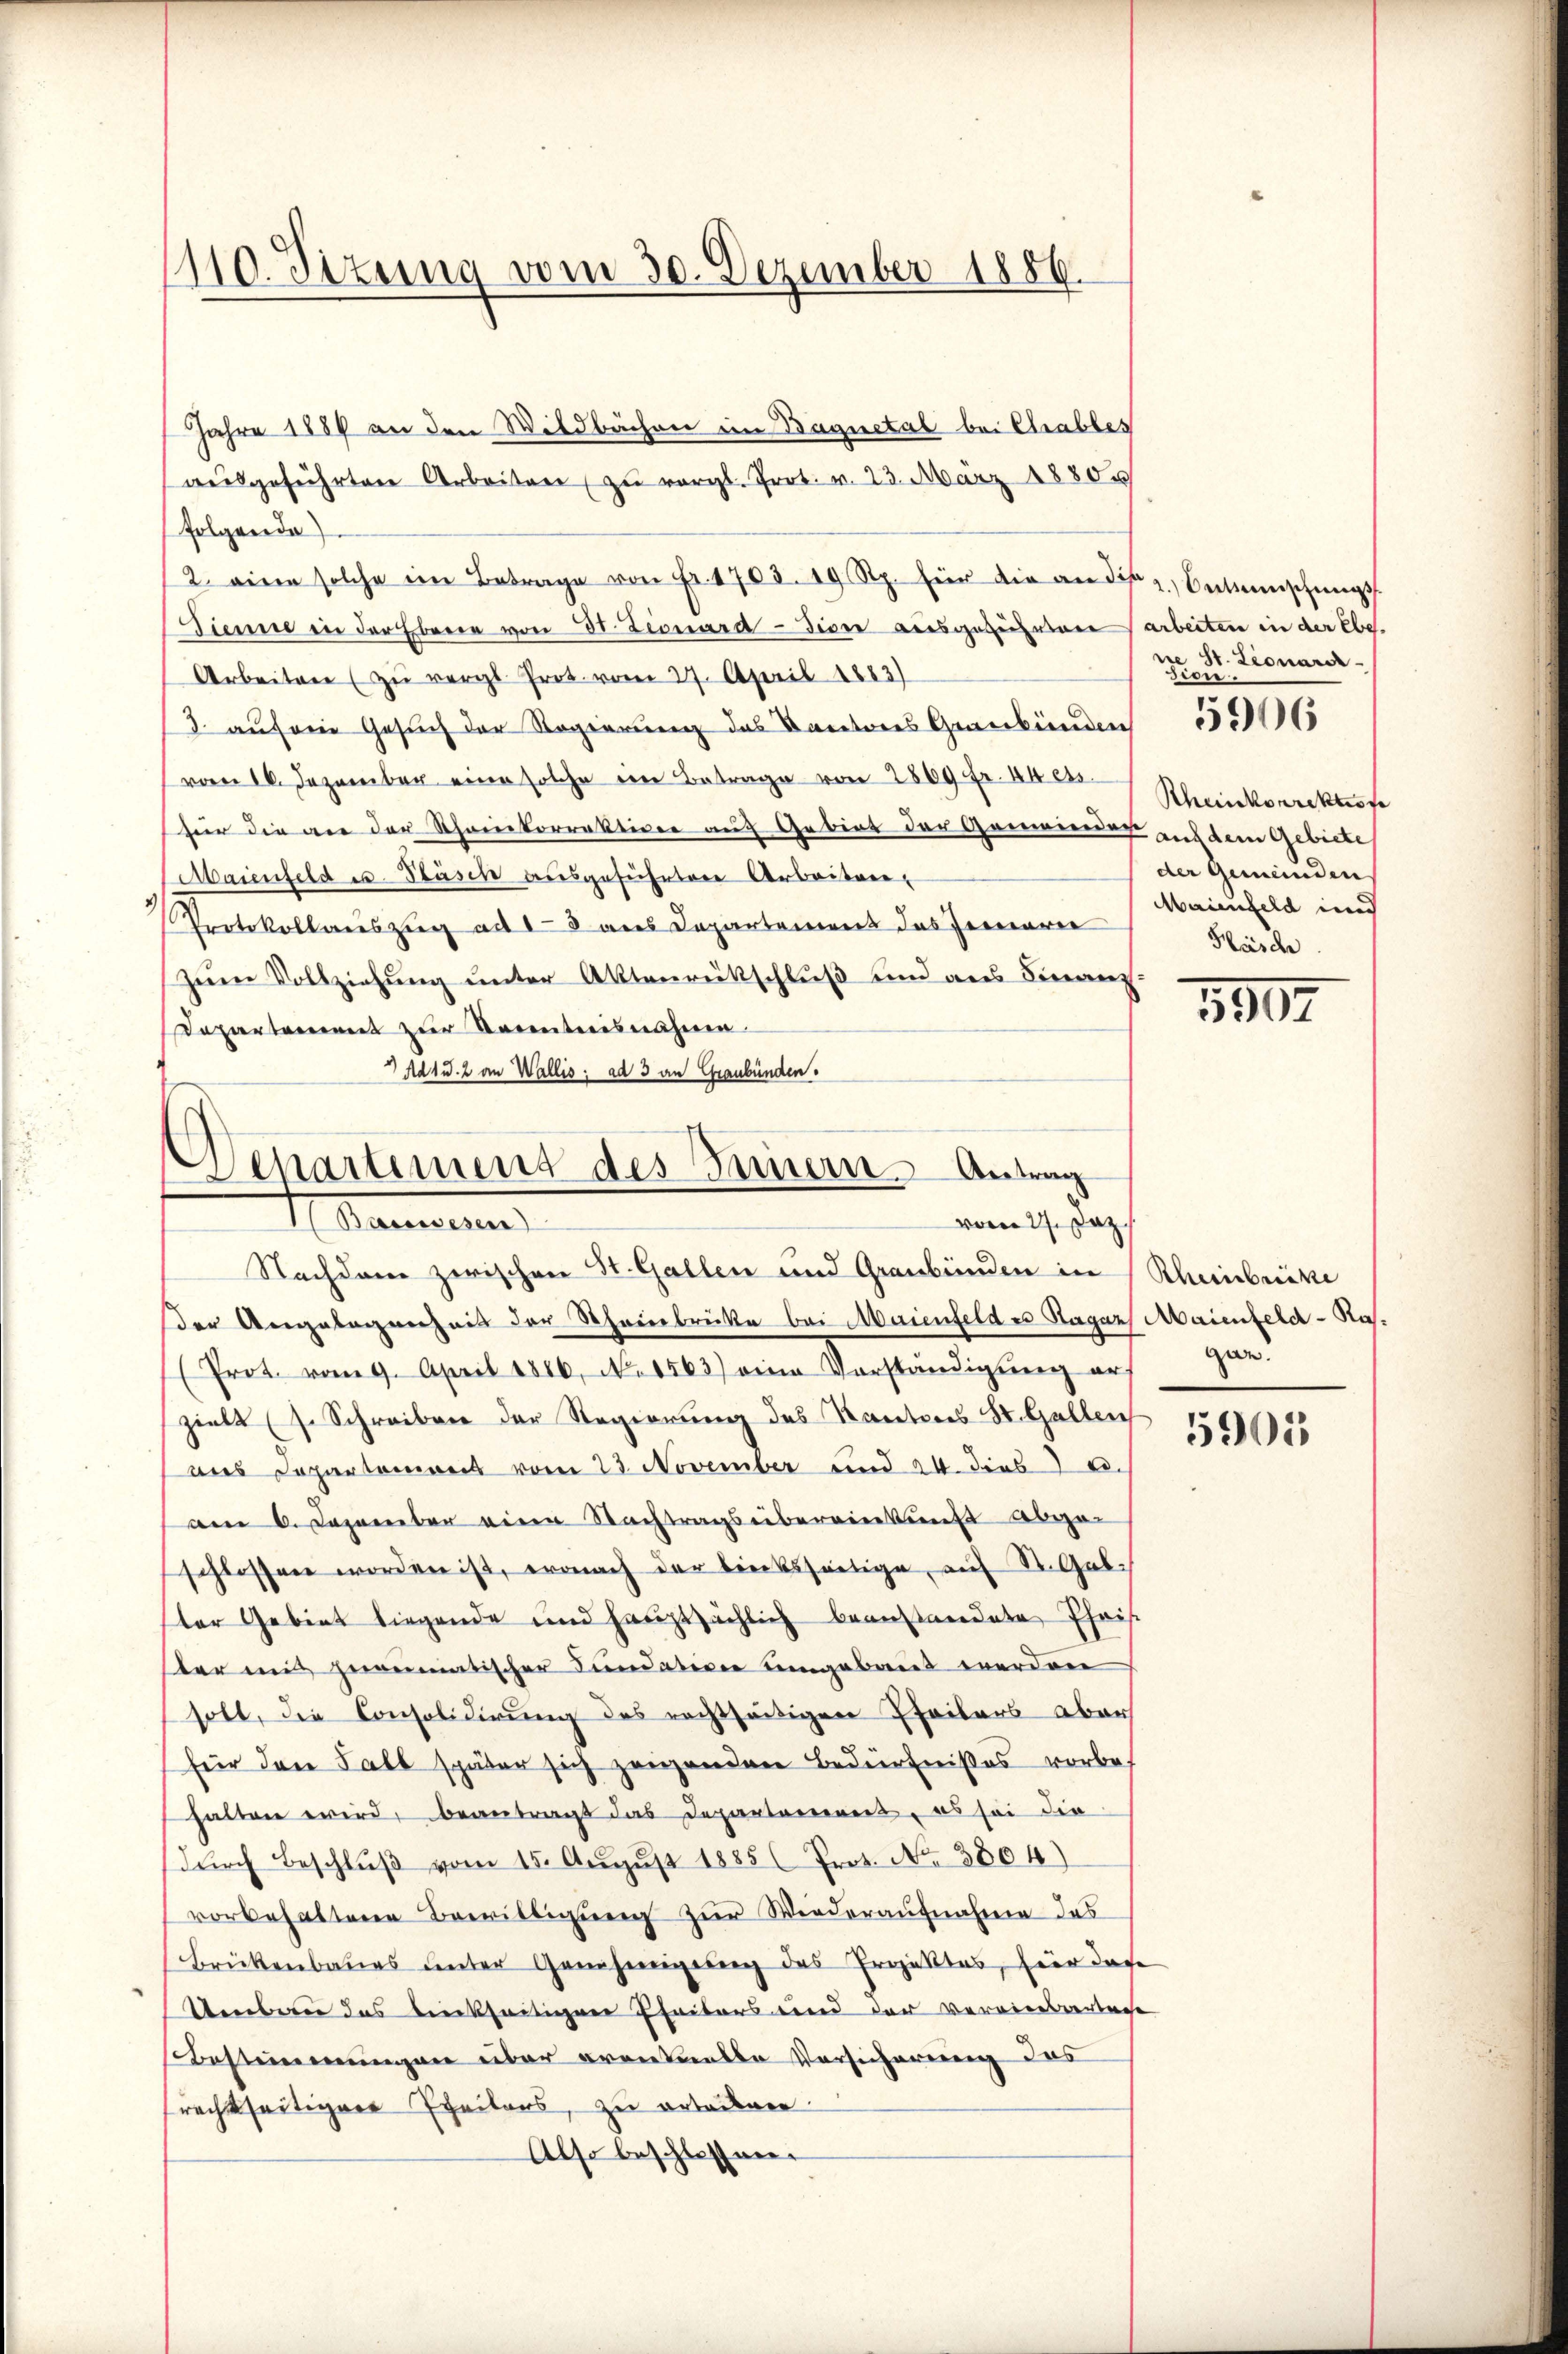
1110. Situng vom 30. Dezember 1886.

Jahre 1889 an den Wildbachen im Baquetal bei Chrables
aŭsgeführten Arbeiten zŭ vergl. Prot. v. 23. März 1880
folgende
2. eine solche im Betrage von Fr. 1701. 19 Rp. für die an die z. Betrünschŭngs
Sienne in der Ebene von 31. Leonard Diver ausgeführten arbeiten in der ebe
Arbeiten zŭ vergl. Prot. vom 27. April 1883)
3. auf ein Gesuch der Regierung des Kantores Gewerbenden
vom 16. Dezember eine solche eine Betrage von 2800 Fr. 44 ess
(für die an der Rheinkorrektion auf Gebiet der Ganwieder auf dem Gebiete
Maienfeld es Fläsch ausgeführten Arbeiten,
Protokollauszug ad 18 aus Departement das Jennerer
zum Vollziehung unter Aktenrückschluß und aus Finanz
Departement zur Docentnisnahme
Ad 1 u. 2 an Wallis: ad 3 an Graubünden.

Departiment des Innern Antrag
H. Mannern
vom 27. Daz

Nachdem zwischen St. Gallen und Graubünden in Rheinbrücke
der Angelegenheit der Scheinbrücke bei Maienfeldes Ragaz Maienfeld - Ros.
(Prot. vom 9. April 1886, No 1563) eine Vorständigŭng an
zielt (s. Schreiben der Regierung des Kantons St. Gallen
ans Departemons vom 23. November und 24. diese
am 6. Dezember eine Nachtragsübereinkunft Abgar
schlossen worden ist, wonach der linksseitige, auf St. Galter Gebiet liegende und hauptsächlich beanstreidete Phais
ster uns gereimatischer Fundation umgebaut werden
soll, die Consolidierŭng des rechtseitigen Theilers aber
für den Fall später sich zeigenden Bedürfnißes vorbe-
halten wird, beantragt das Departement, es sei die
dŭrch Beschlŭβ vom 15. Aŭgŭst 1885 ( Prot. No. 3804)
vorbehaltene Bewilligŭng zur Wiederaufnahme das
Brükenbaues unter Genehmigung des Projektes, hier das
Umbau das bieckseitigen Pfeiters und der vereineswerteie
Bestimmungen über eventuelle Versicherung des
frechtseitiger Theilers, zu erbäcker
Also beschlossen.

ie St. Lionarer-
ston.
5906

Rheinkorrekteste
der Gemeinden
Maienfeld und
Häsche

3907

gan.

5901